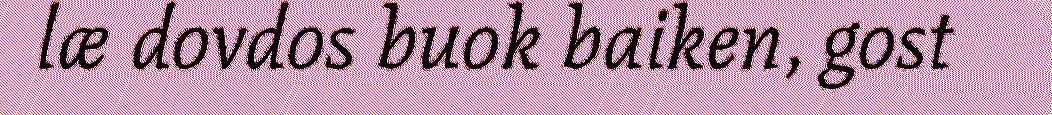
læ dovdos buok baiken, gost